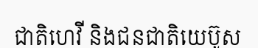
ជាតិហេវី និងជនជាតិយេប៊ូស